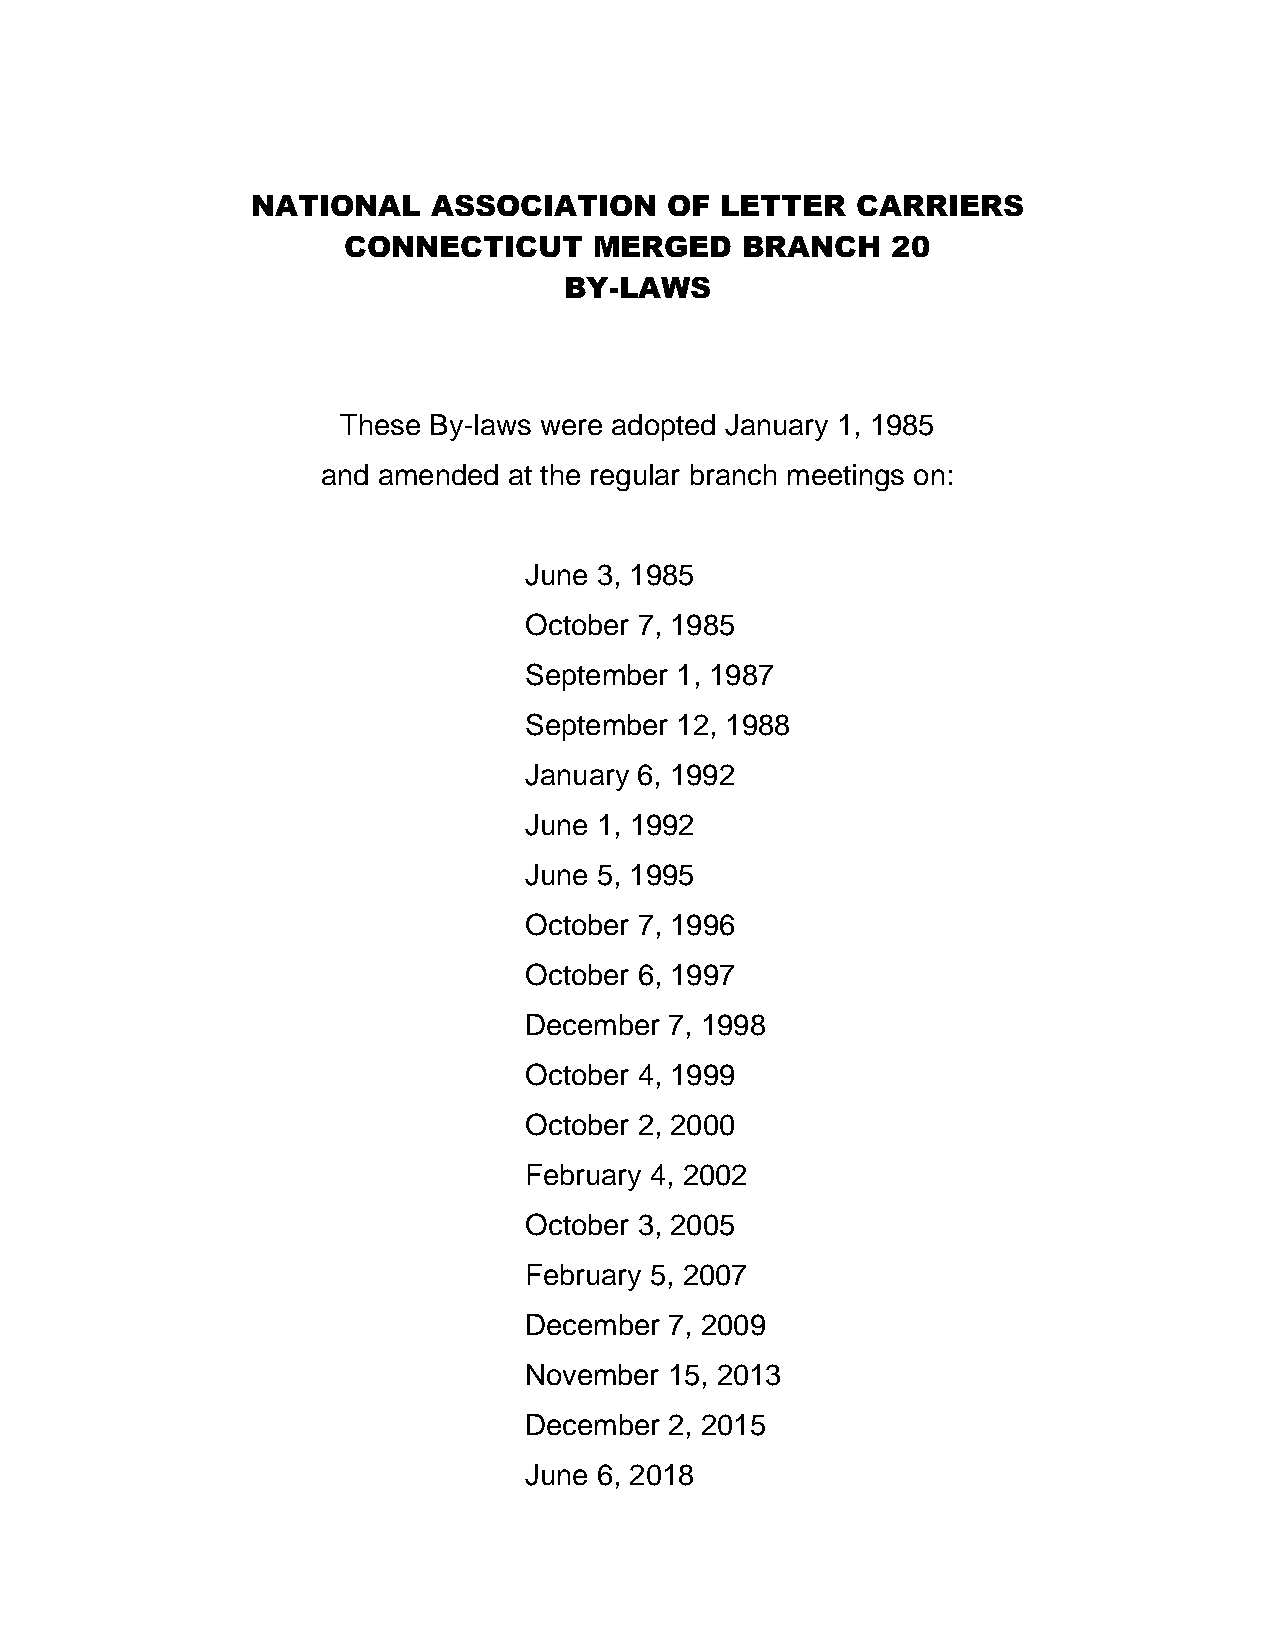
NATIONAL    ASSOCIATION    OF  LETTER   CARRIERS
 CONNECTICUT     MERGED    BRANCH    20
 BY-LAWS
 These By-laws were adopted January 1, 1985
 and amended  at the regular branch meetings on:
 June 3, 1985
 October 7, 1985
 September 1, 1987
 September 12, 1988
 January 6, 1992
 June 1, 1992
 June 5, 1995
 October 7, 1996
 October 6, 1997
 December 7, 1998
 October 4, 1999
 October 2, 2000
 February 4, 2002
 October 3, 2005
 February 5, 2007
 December 7, 2009
 November 15, 2013
 December 2, 2015
 June 6, 2018